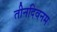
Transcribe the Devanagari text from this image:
तीनदिवनम